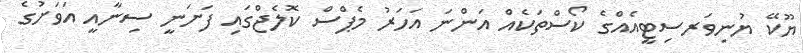
ޔޫކޭ ޔުނިވަރސިޓީއެއްގެ ކޯސްތަކެއް އަންނަ އަހަރު މެޕްސް ކޮލެޖްގައި ފަށަނީ ސިނާއީ އަވަށުގެ